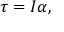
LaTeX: { \boldsymbol { \tau } } = I { \boldsymbol { \alpha } } ,